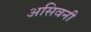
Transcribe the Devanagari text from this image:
असिवनी